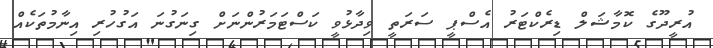
އުރީދޫގެ ކޮމާޝަލް ޑިރެކްޓަރު އެސްޕީ ސަރަތީ ވިދާޅުވީ ކަސްޓަމަރުންނަށް ގިނަގުނަ އަގުހުރި އިނާމުތަކެއް